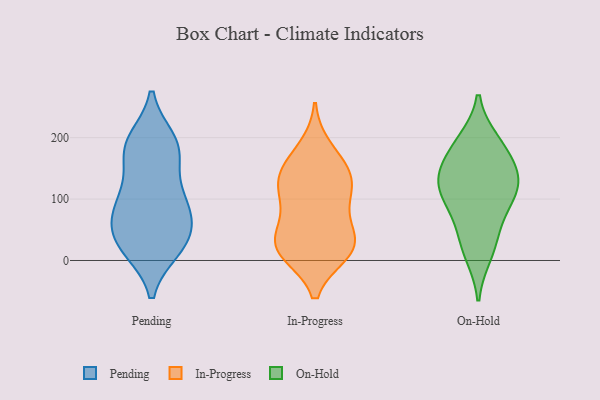
{"axis": {"x": "Budget (USD K)", "y": "Value"}, "legend": ["In-Progress", "On-Hold", "Pending"], "data": [{"x": "", "y": 192, "type": "Pending"}, {"x": "", "y": 69, "type": "Pending"}, {"x": "", "y": 116, "type": "Pending"}, {"x": "", "y": 173, "type": "Pending"}, {"x": "", "y": 186, "type": "Pending"}, {"x": "", "y": 195, "type": "Pending"}, {"x": "", "y": 26, "type": "Pending"}, {"x": "", "y": 174, "type": "Pending"}, {"x": "", "y": 19, "type": "Pending"}, {"x": "", "y": 26, "type": "Pending"}, {"x": "", "y": 56, "type": "Pending"}, {"x": "", "y": 87, "type": "Pending"}, {"x": "", "y": 57, "type": "Pending"}, {"x": "", "y": 92, "type": "Pending"}, {"x": "", "y": 20, "type": "Pending"}, {"x": "", "y": 105, "type": "Pending"}, {"x": "", "y": 115, "type": "In-Progress"}, {"x": "", "y": 32, "type": "In-Progress"}, {"x": "", "y": 142, "type": "In-Progress"}, {"x": "", "y": 119, "type": "In-Progress"}, {"x": "", "y": 13, "type": "In-Progress"}, {"x": "", "y": 14, "type": "In-Progress"}, {"x": "", "y": 17, "type": "In-Progress"}, {"x": "", "y": 98, "type": "In-Progress"}, {"x": "", "y": 71, "type": "In-Progress"}, {"x": "", "y": 37, "type": "In-Progress"}, {"x": "", "y": 182, "type": "In-Progress"}, {"x": "", "y": 154, "type": "In-Progress"}, {"x": "", "y": 27, "type": "In-Progress"}, {"x": "", "y": 139, "type": "In-Progress"}, {"x": "", "y": 127, "type": "On-Hold"}, {"x": "", "y": 167, "type": "On-Hold"}, {"x": "", "y": 145, "type": "On-Hold"}, {"x": "", "y": 29, "type": "On-Hold"}, {"x": "", "y": 93, "type": "On-Hold"}, {"x": "", "y": 194, "type": "On-Hold"}, {"x": "", "y": 128, "type": "On-Hold"}, {"x": "", "y": 103, "type": "On-Hold"}, {"x": "", "y": 190, "type": "On-Hold"}, {"x": "", "y": 127, "type": "On-Hold"}, {"x": "", "y": 10, "type": "On-Hold"}, {"x": "", "y": 62, "type": "On-Hold"}]}